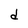
Character: d